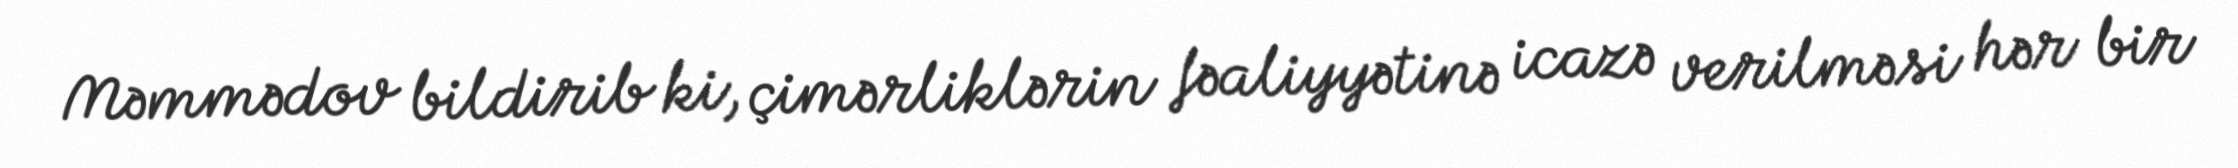
Məmmədov bildirib ki, çimərliklərin fəaliyyətinə icazə verilməsi hər bir